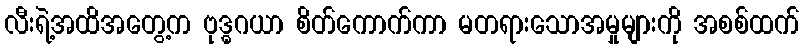
လီးရဲ့အထိအတွေ့က ဗုဒ္ဓဂယာ စိတ်ကောက်ကာ မတရားသောအမှုများကို အစစ်ထက်